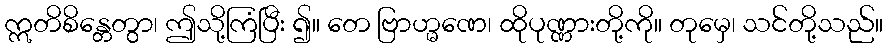
ဣတိစိန္တေတွာ၊ ဤသို့ကြံပြီး ၍။ တေ ဗြာဟ္မဏေ၊ ထိုပုဏ္ဏားတို့ကို။ တုမှေ၊ သင်တို့သည်။